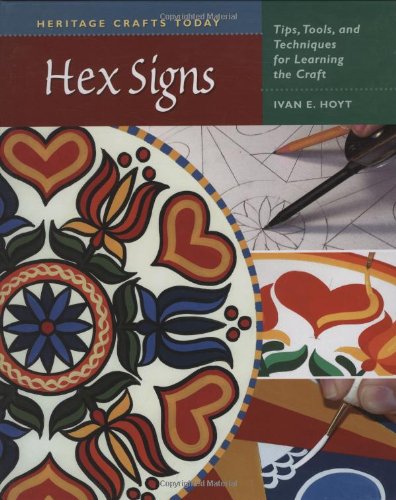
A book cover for Hex Signs: Tips, Tools, and Techniques for Learning the Craft (Heritage Crafts Today Series); Ivan E. Hoyt; Crafts, Hobbies & Home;